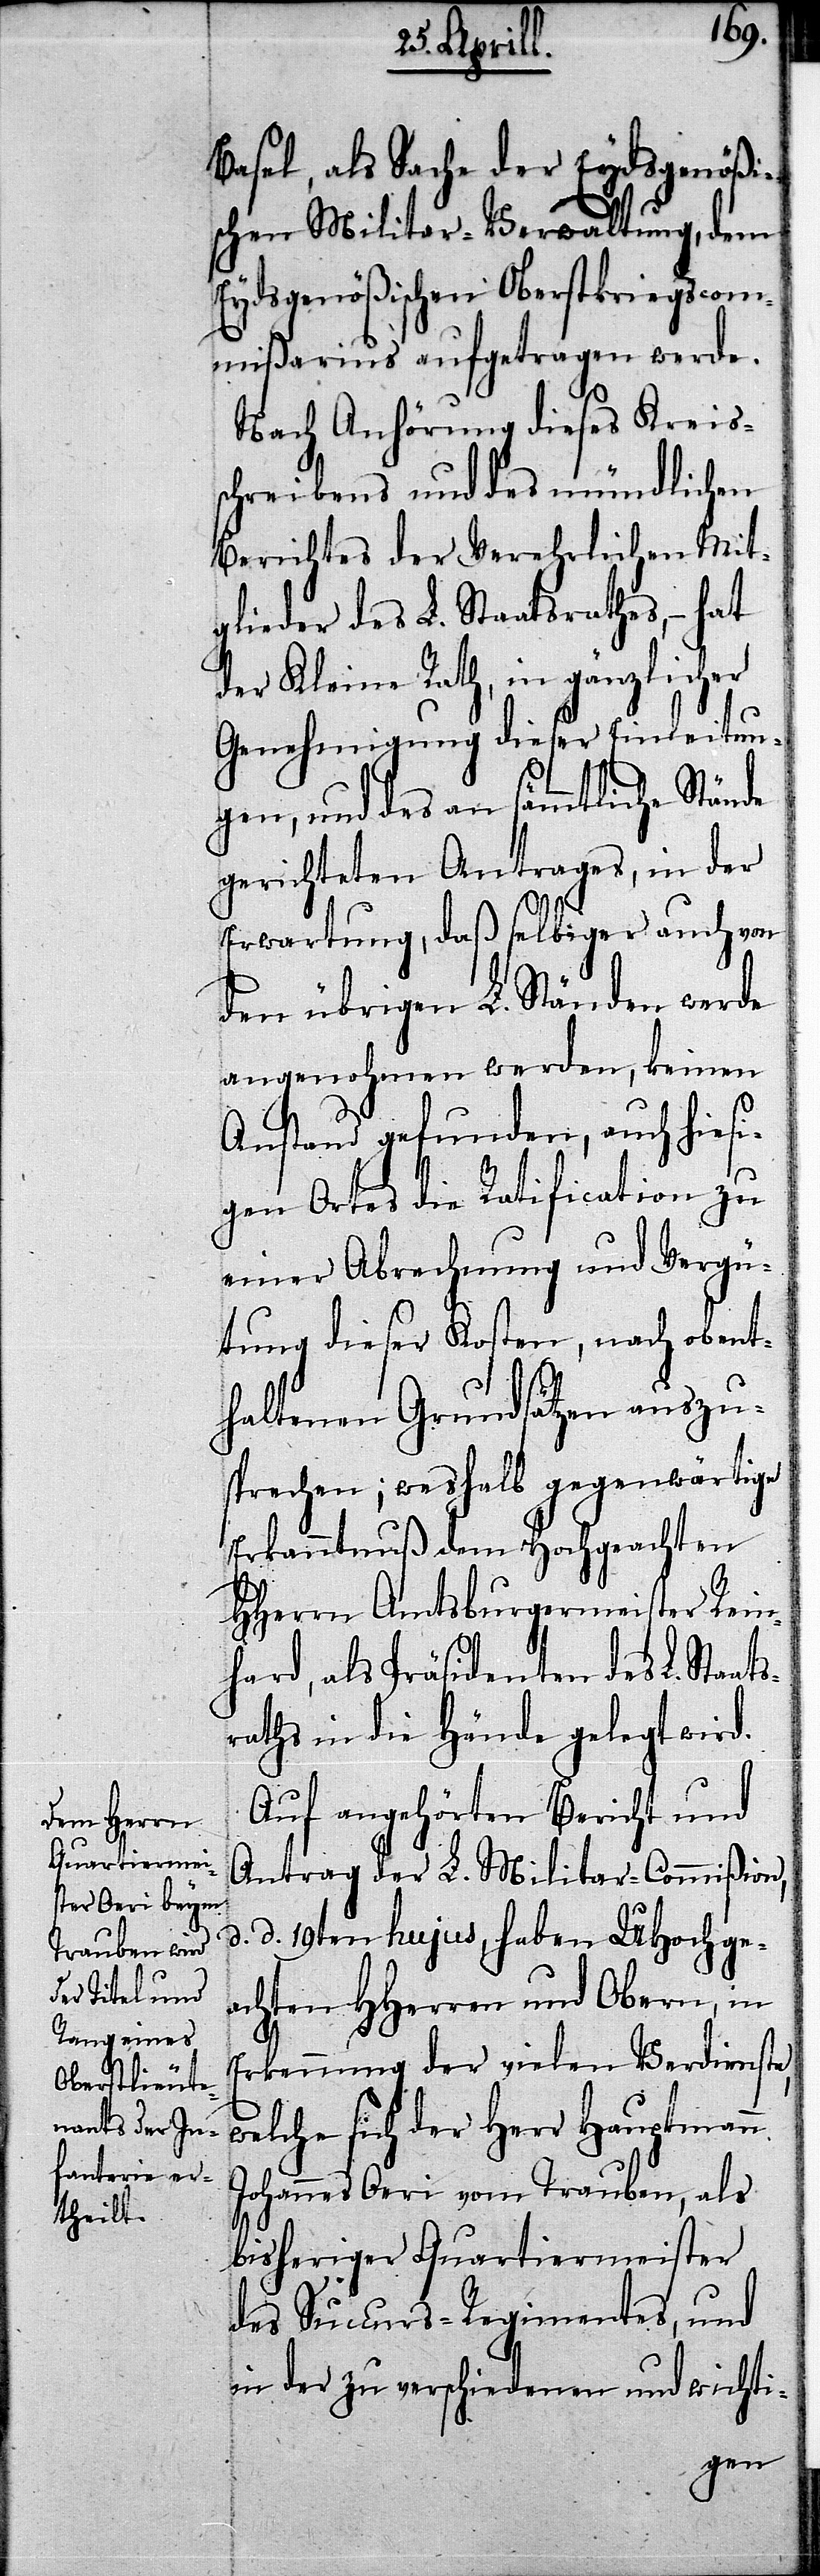
Basel, als Sache der Eydsgenößi¬
schen Militar-Verwaltung, dem
Eydsgenößischen Oberstkriegscom¬
mißarius aufgetragen werde.
Nach Anhörung dieses Kreiss¬
chreibens und des mündlichen
Berichtes der Verehrlichen Mit¬
glieder des L. Staatsrathes,– hat
der Kleine Rath, in gänzlicher
Genehmigung dieser Einleitun¬
gen, und des an sämmtliche Stände
gerichteten Antrages, in der
Erwartung, daß selbiger auch von
den übrigen L. Ständen werde
angenohmen werden, keinen
Anstand gefunden, auch hiesi¬
gen Ortes die Ratification zu
einer Abrechnung und Vergü¬
tung dieser Kosten, nach obent¬
haltenen Grundsätzen auszu¬
sprechen; weshalb gegenwärtige
Erkanntnuß dem Hochgeachten
HHerrn Amtsburgermeister Rein¬
hard, als Präsidenten des L. Staat¬
sraths in die Hände gelegt wird.
Auf angehörten Bericht und
Antrag der L. Militar-Commißion,
d. d. 19ten hujus, haben UHochge¬
achten HHerren und Obern, in
Erkennung der vielen Verdienste,
welche sich der Herr Hauptmann
Johannes Oeri vom Trauben, als
bisheriger Quartiermeister
des Succurs-Regimentes, und
in der zu verschiedenen und wichti-